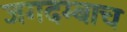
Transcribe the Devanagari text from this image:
जगदम्बाच